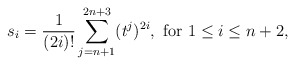
\begin{align*}s_{i}=\frac{1}{(2i)!}\sum_{j=n+1}^{2n+3}(t^j)^{2i},\ \mbox{for}\ 1\leq i\leq n+2,\end{align*}